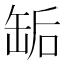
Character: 缿